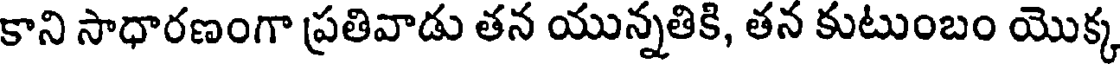
కాని సాధారణంగా ప్రతివాడు తన యున్నతికి, తన కుటుంబం యొక్క